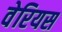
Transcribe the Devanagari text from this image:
वेरियस